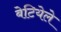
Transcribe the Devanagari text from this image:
बेटियेले